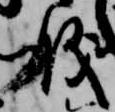
儀